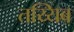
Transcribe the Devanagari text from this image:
तय्यिब